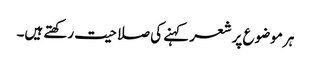
ہر موضوع پر شعر کہنے کی صلاحیت رکھتے ہیں۔